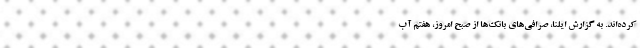
کرده‌اند. به گزارش ایلنا، صرافی‌های بانک‌ها از صبح امروز، هفتم آب